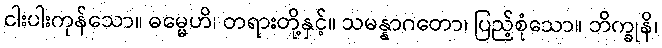
ငါးပါးကုန်သော။ ဓမ္မေဟိ၊ တရားတို့နှင့်။ သမန္နာဂတော၊ ပြည့်စုံသော။ ဘိက္ခုနိ၊